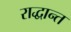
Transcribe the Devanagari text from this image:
राद्धान्त